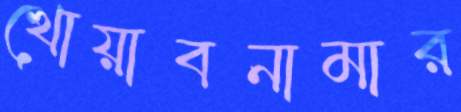
খোয়াবনামার